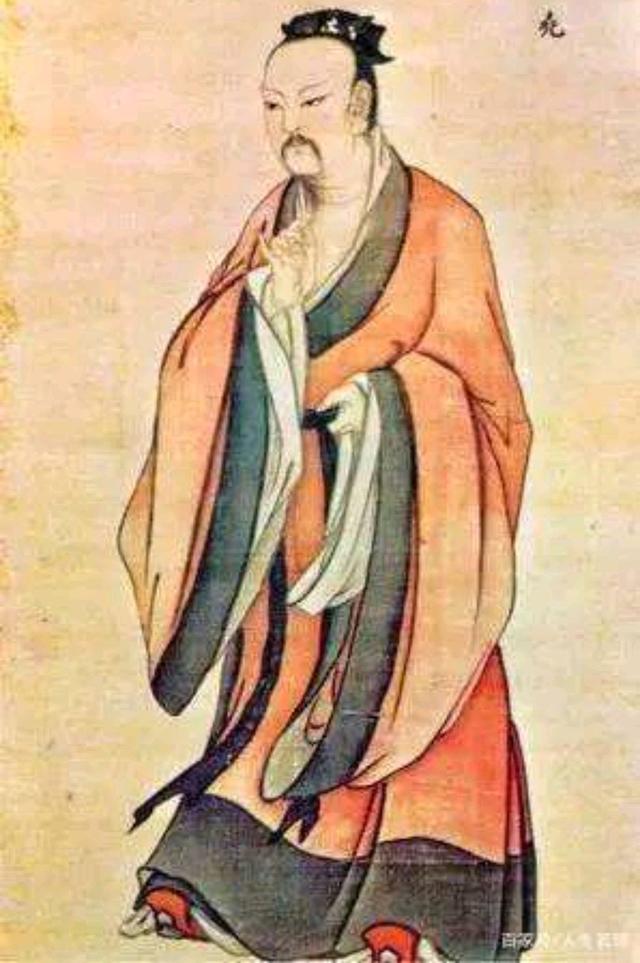
富而不骄，贵而不舒。